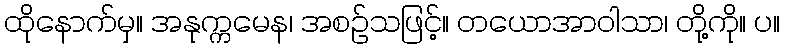
ထိုနောက်မှ။ အနုက္ကမေန၊ အစဉ်သဖြင့်။ တယောအာဝါသာ၊ တို့ကို။ ပ။